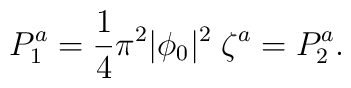
P^a_1 =  {1\over4} \pi^2 |\phi_0|^2 \; \zeta^a = P^a_2.